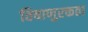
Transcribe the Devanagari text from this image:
विषाणुरक्तता